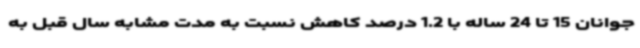
جوانان 15 تا 24 ساله با 1.2 درصد کاهش نسبت به مدت مشابه سال قبل به